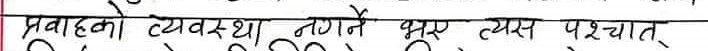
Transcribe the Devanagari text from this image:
प्रवाहको व्यवस्था नगरे भए त्यस पश्चात्